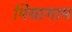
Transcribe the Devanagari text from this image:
मियागाम